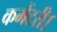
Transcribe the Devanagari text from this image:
कमेंटरी।